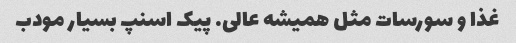
غذا و سورسات مثل همیشه عالی. پیک اسنپ بسیار مودب